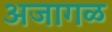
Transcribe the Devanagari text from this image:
अजागळ